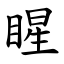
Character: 睲